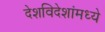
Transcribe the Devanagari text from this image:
देशविदेशांमध्ये